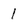
Character: 1